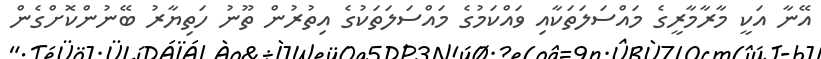
އޭނާ އަކީ މާރާމާރީގެ މައްސަލަތަކާއި ވައްކަމުގެ މައްސަލަތަކުގެ އިތުރުން ތޫނު ހަތިޔާރު ބޭނުންކޮށްގެން